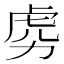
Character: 𱿎